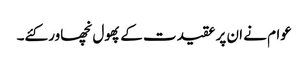
عوام نے ان پر عقیدت کے پھول نچھاور کئے۔